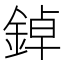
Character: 鋽